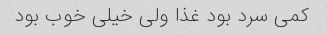
کمی سرد بود غذا ولی خیلی خوب بود